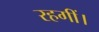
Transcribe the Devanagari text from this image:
रहगीं।